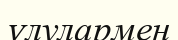
ұлулармен